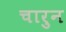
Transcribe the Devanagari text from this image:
चारुन